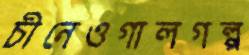
চীনেওগালগল্প